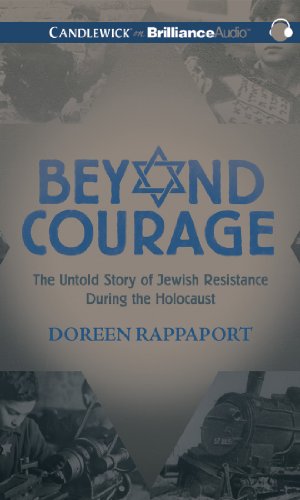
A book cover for Beyond Courage: The Untold Story of Jewish Resistance During the Holocaust; Doreen Rappaport; Teen & Young Adult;